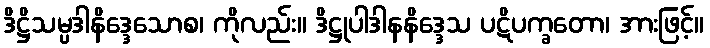
ဒိဋ္ဌိသမ္ပဒါနိဒ္ဒေသောစ၊ ကိုလည်း။ ဒိဋ္ဌုပါဒါနနိဒ္ဒေသ ပဋိပက္ခတော၊ အားဖြင့်။